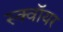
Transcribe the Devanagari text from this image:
स्क्वॉयर